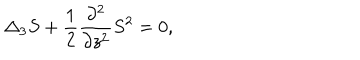
LaTeX: \Delta _ { 3 } S + \frac { 1 } { 2 } \frac { \partial ^ { 2 } } { \partial z ^ { 2 } } S ^ { 2 } = 0 ,